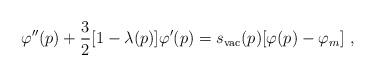
LaTeX: \begin{align*}\varphi'' (p) + {3\over 2} [ 1 - \lambda (p)] \varphi '(p) = s_{\rm vac} (p) [\varphi (p) - \varphi_m]\ , \end{align*}